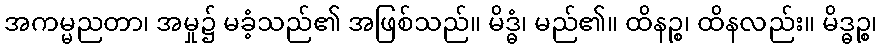
အကမ္မညတာ၊ အမှု၌ မခံ့သည်၏ အဖြစ်သည်။ မိဒ္ဓံ၊ မည်၏။ ထိနဉ္စ၊ ထိနလည်း။ မိဒ္ဓဉ္စ၊